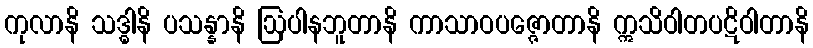
ကုလာနိ သဒ္ဓါနိ ပသန္နာနိ ဩပါနဘူတာနိ ကာသာဝပဇ္ဇောတာနိ ဣသိဝါတပဋိဝါတာနိ